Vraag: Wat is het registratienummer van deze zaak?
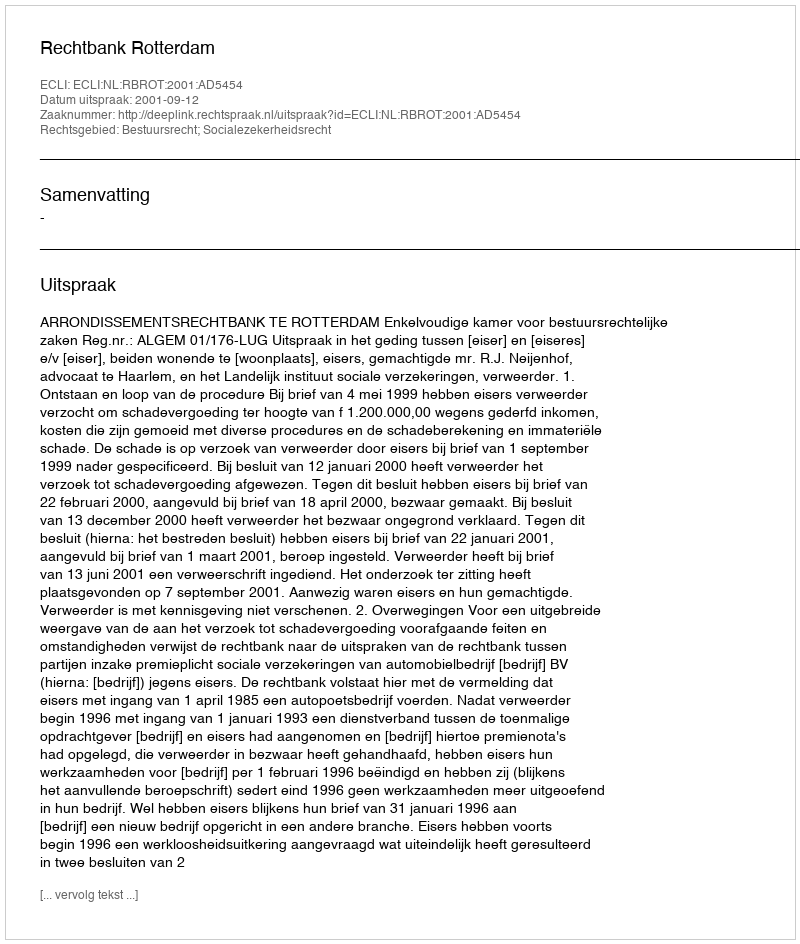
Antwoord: http://deeplink.rechtspraak.nl/uitspraak?id=ECLI:NL:RBROT:2001:AD5454